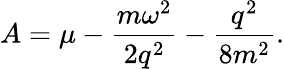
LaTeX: A=\mu-\frac{m\omega^{2}}{2q^{2}}-\frac{q^{2}}{8m^{2}}.